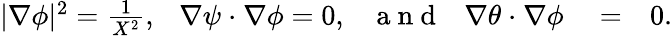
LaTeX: \begin{array}{rlr}{|{\mathbf\nabla}\phi|^{2}=\frac 1{X^{2}},~~~{\mathbf\nabla}\psi~{\mathbf\cdot}~{\mathbf\nabla}\phi=0,~~~\mathrm{~a~n~d~}~~~{\mathbf\nabla}\theta~{\mathbf\cdot}~{\mathbf\nabla}\phi}&{{}=}&{0.}\end{array}